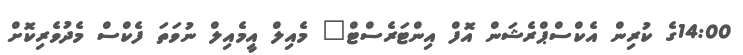
14:00ގެ ކުރިން އެކްސްޕްރެޝަން އޮފް އިންޓަރެސްޓް" މެއިލް އީމެއިލް ނުވަތަ ފެކްސް މެދުވެރިކޮށް